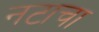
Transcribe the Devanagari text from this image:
नटाचा